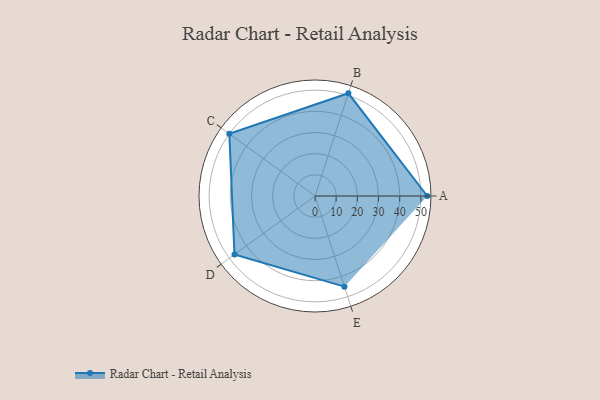
{"axis": {"x": "Skill", "y": "Score"}, "legend": ["Profile"], "data": [{"x": "A", "y": 53.0, "type": "Profile"}, {"x": "B", "y": 51.0, "type": "Profile"}, {"x": "C", "y": 50.0, "type": "Profile"}, {"x": "D", "y": 47.0, "type": "Profile"}, {"x": "E", "y": 45.0, "type": "Profile"}]}